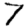
Digit: 7